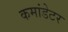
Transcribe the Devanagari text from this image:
कमांडेटर